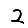
Digit: 2